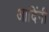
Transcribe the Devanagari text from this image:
आदिंनी